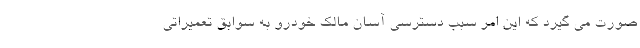
صورت می گیرد که این امر سبب دسترسی آسان مالک خودرو به سوابق تعمیراتی